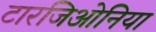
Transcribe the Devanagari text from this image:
टारजिओनिया